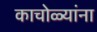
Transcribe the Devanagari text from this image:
काचोळ्यांना